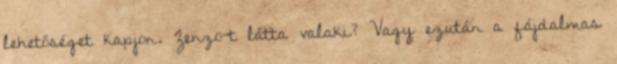
lehetőséget kapjon. Zenzo-t látta valaki? Vagy ezután a fájdalmas